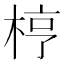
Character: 梈